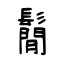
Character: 鬜